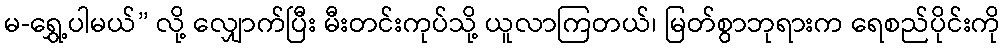
မ-ရွှေ့ပါမယ်” လို့ လျှောက်ပြီး မီးတင်းကုပ်သို့ ယူလာကြတယ်၊ မြတ်စွာဘုရားက ရေစည်ပိုင်းကို